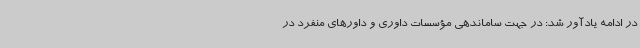
در ادامه یادآور شد: در جهت ساماندهی مؤسسات داوری و داورهای منفرد در